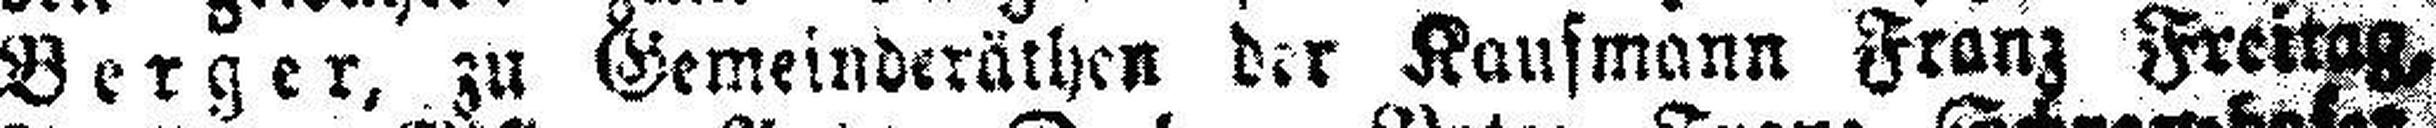
Berger, zu Gemeinderäthen der Kaufmann Franz Freitag,